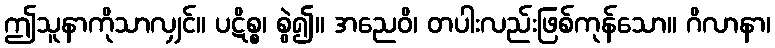
ဤသူနာကိုသာလျှင်။ ပဋိစ္စ၊ စွဲ၍။ အညေဝိ၊ တပါးလည်းဖြစ်ကုန်သော။ ဂိလာနာ၊